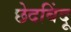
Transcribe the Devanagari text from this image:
छेदबिंदू